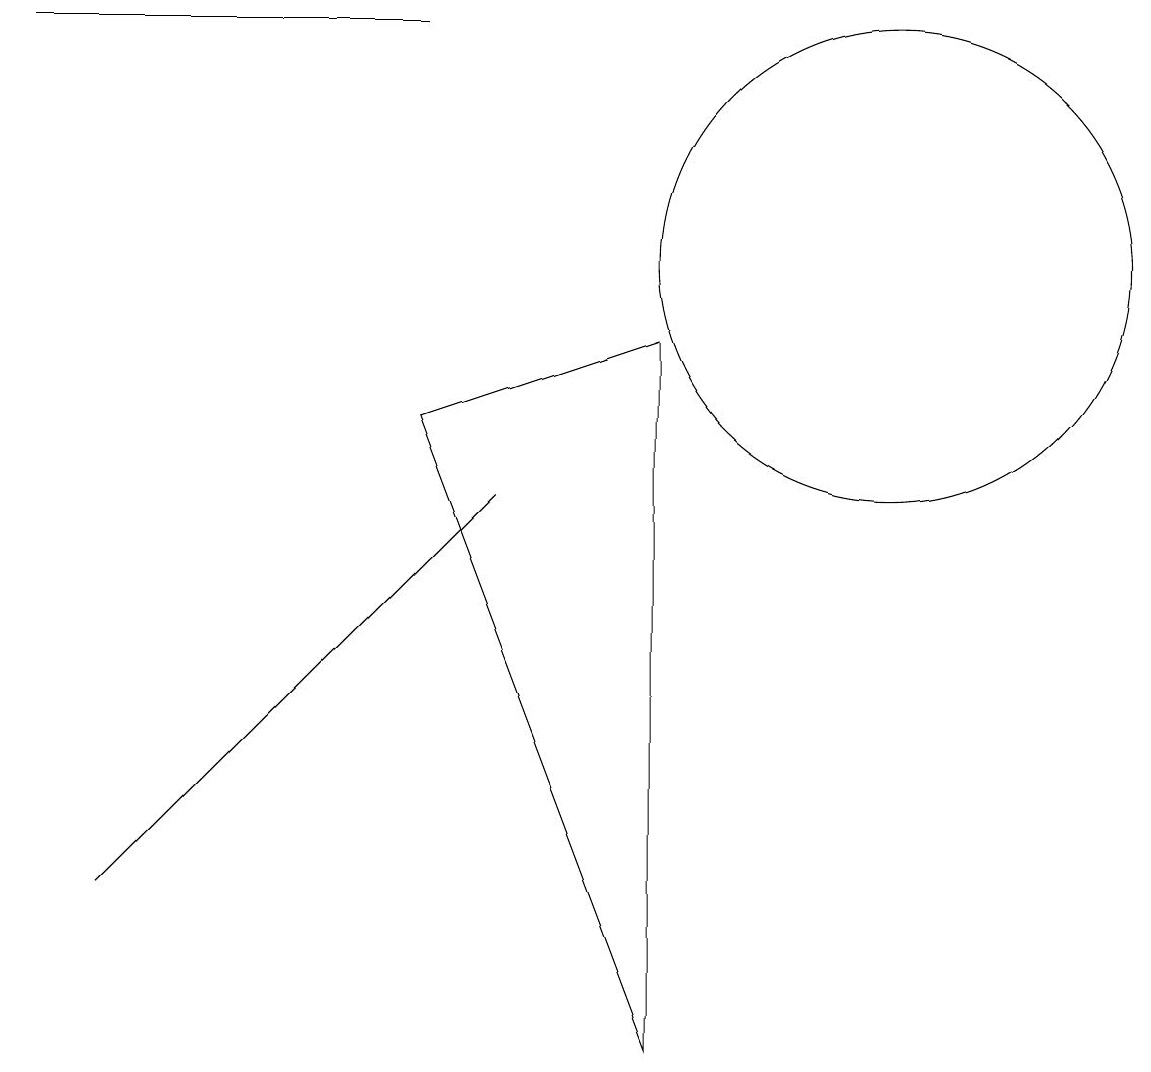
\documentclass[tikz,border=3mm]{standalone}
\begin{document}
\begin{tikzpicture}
\draw (12,10) circle (3);
\draw (6,13) rectangle (1,13);
\draw (6,8) -- (9,0) -- (9,9) -- cycle;
\draw (4,4) -- (7,7) -- (2,2) -- cycle;
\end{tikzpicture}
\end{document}